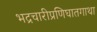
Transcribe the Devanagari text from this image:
भद्रचारीप्रणिघातगाथा